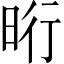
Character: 𣆯